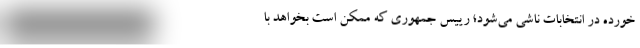
خورده در انتخابات ناشی می‌شود؛ رییس جمهوری که ممکن است بخواهد با